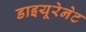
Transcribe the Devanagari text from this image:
डाइयूरेनेट